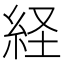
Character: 経